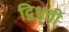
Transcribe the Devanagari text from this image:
द्विध्रृवी